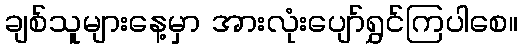
ချစ်သူများနေ့မှာ အားလုံးပျော်ရွှင်ကြပါစေ။